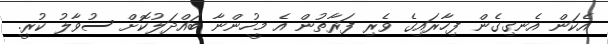
އެކަން އެނގިގެން ފިހާރައިގެ ވެރި ފަރާތުން އެ މީހުންނާ ބައްދަލުކޮށް ސުވާލު ކުރީ.